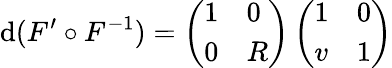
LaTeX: \mathrm{d}(F^{\prime}\circ F^{-1})=\left(\begin{array}{ll}{1}&{0}\\ {0}&{R}\end{array}\right)\left(\begin{array}{ll}{1}&{0}\\ {v}&{1}\end{array}\right)